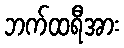
ဘက်ထရီအား